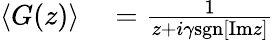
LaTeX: \begin{array}{rl}{\left<G(z)\right>}&{{}=\frac{1}{z+i\gamma\mathrm{sgn}[\mathrm{Im}z]}}\end{array}